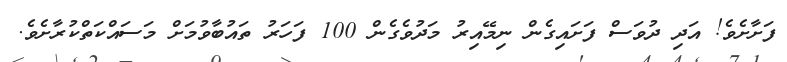
ފަށާށެވެ! އަދި ދުވަސް ފަށައިގެން ނިމޭއިރު މަދުވެގެން 100 ފަހަރު ތައުބާވުމަށް މަސައްކަތްކުރާށެވެ.